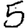
Digit: 5